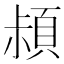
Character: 𩒛